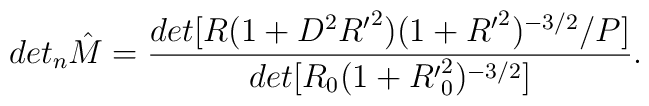
det_n{\hat M}=\frac{det[R(1+D^2{R^{\prime}}^2)(1+{R^{\prime}}^2)^{-3/2}/P]}{det[R_0(1+{R^{\prime}}^2_0)^{-3/2}]}.